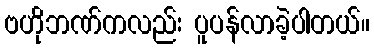
ဗဟိုဘဏ်ကလည်း ပူပန်လာခဲ့ပါတယ်။